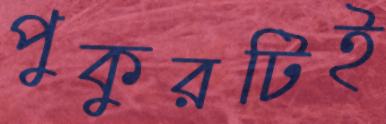
পুকুরটিই